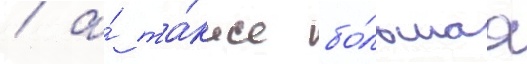
/ а́ та́кже бо́льшаа